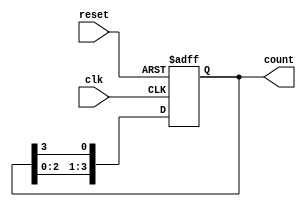
module ring_counter #(parameter N = 4) (
    input wire clk,               // Clock input
    input wire reset,             // Reset input
    output reg [N-1:0] count      // Counter output
);

    // Initial state
    initial begin
        count = 1;                // Start with the first flip-flop set to '1'
    end

    always @(posedge clk or posedge reset) begin
        if (reset) begin
            count <= 1;           // Reset to initial state
        end else begin
            count <= {count[N-2:0], count[N-1]}; // Shift left the '1'
        end
    end
endmodule